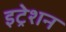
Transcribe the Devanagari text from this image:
इट्रेशन